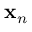
{ \bf x } _ { n }